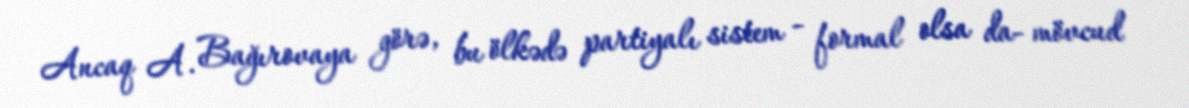
Ancaq A. Bağırovaya görə, bu ölkədə partiyalı sistem - formal olsa da- mövcud